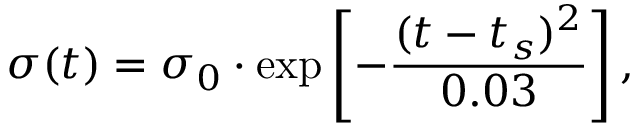
\sigma ( t ) = \sigma _ { 0 } \cdot \exp \left[ - \frac { ( t - t _ { s } ) ^ { 2 } } { 0 . 0 3 } \right] ,